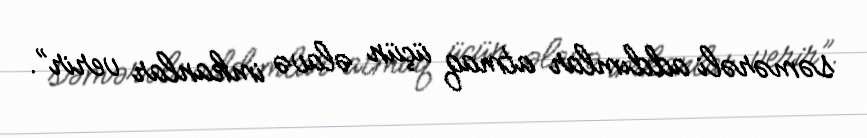
səmərəli addımlar atmaq üçün əlavə imkanlar verir”.